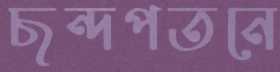
ছন্দপতনে